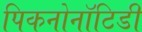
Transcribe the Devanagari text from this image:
पिकनोनॉटिडी